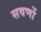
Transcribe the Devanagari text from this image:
सवर्णो